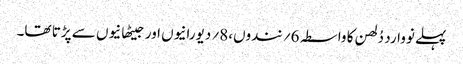
پہلے نووارد دُلھن کا واسطہ 6؍ نندوں،8؍ دیورانیوں اور جیٹھانیوں سے پڑتا تھا۔